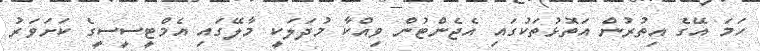
ހަމަ އޭގެ އިތުރުން އަތޮޅުތަކުގައި އެޖެންޓުން ވިއްކާ މުދަލަކީ މާލޭގައި އެމްޓީސީސީގެ ކަށަވަރު